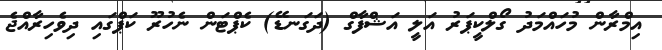
އިމްރާން މުހައްމަދު ގޯލްކީޕަރު އަލީ އަޝްފާގް (ދަގަނޑޭ) ކެޕްޓަން ނެހުރޫ ކަޕްގައި ދިވެހިރާއްޖެ